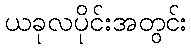
ယခုလပိုင်းအတွင်း